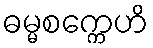
ဓမ္မစက္ကေဟိ